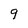
Character: 9